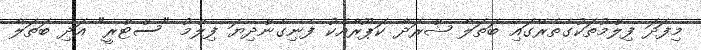
މިފަދަ ފިލްމުތަކުގެތެރޭގައި ބަތަލާ ޝްރަދާ ކަޕޫރާއެކު ފެނިގެންދިޔަ ފިލްމު "ސްޓްރީ" އަދި ބަތަލާ